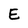
Character: E